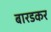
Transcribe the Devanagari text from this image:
बारडकर